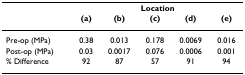
<table><thead><tr><td></td><td colspan="5"><b>Location</b></td></tr><tr><td></td><td><b>(a)</b></td><td><b>(b)</b></td><td><b>(c)</b></td><td><b>(d)</b></td><td><b>(e)</b></td></tr></thead><tbody><tr><td>Pre-op (MPa)</td><td>0.38</td><td>0.013</td><td>0.178</td><td>0.0069</td><td>0.016</td></tr><tr><td>Post-op (MPa)</td><td>0.03</td><td>0.0017</td><td>0.076</td><td>0.0006</td><td>0.001</td></tr><tr><td>% Difference</td><td>92</td><td>87</td><td>57</td><td>91</td><td>94</td></tr></tbody></table>